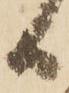
日